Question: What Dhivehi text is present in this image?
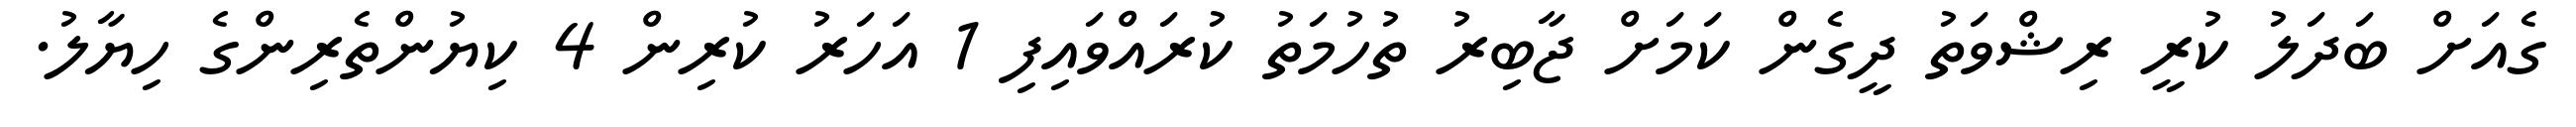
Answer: ގެއަށް ބަދަލު ކުރީ ރިޝްވަތު ދީގެން ކަމަށް ޖާބިރު ތުހުމަތު ކުރައްވައިފި 1 އަހަރު ކުރިން 4 ކިޔުންތެރިންގެ ހިޔާލު.